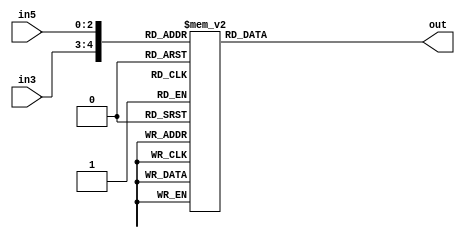
module bitr ( in3, in5, out);

   input [1:0] in3;
   input [2:0] in5;
   output reg [4:0] out;

   always @(in3 or in5) begin
	   case ({in3,in5}) 
		   5'b00000 : out = 0;
		   5'b00001 : out = 3;
		   5'b00010 : out = 6;
		   5'b00011 : out = 9;
		   5'b00100 : out = 12;
		   5'b01000 : out = 1;
		   5'b01001 : out = 4;
		   5'b01010 : out = 7;
		   5'b01011 : out = 10;
		   5'b01100 : out = 13;
		   5'b10000 : out = 2;
		   5'b10001 : out = 5;
		   5'b10010 : out = 8;
		   5'b10011 : out = 11;
		   5'b10100 : out = 14;
		   default : out = 0;
	   endcase
   end
endmodule